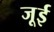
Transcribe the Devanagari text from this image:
जूई